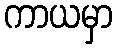
ကာယမှာ